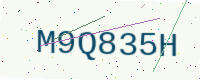
Text: M9Q835H